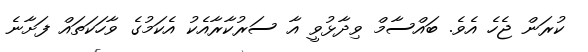
ކުރަން ޖެހެ އެވެ. ބައްސާމް ވިދާޅުވީ އާ ސަރުކާރާއެކު އެކަމުގެ ވާހަކަތައް ފަށާނެ